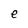
Character: e